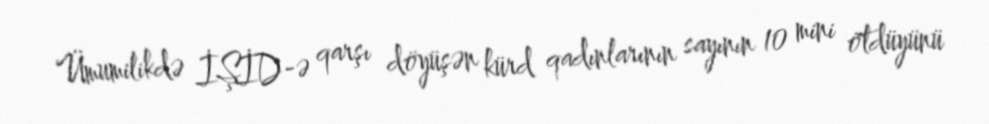
Ümumilikdə İŞİD-ə qarşı döyüşən kürd qadınlarının sayının 10 mini ötdüyünü